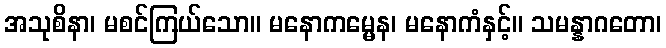
အသုစိနာ၊ မစင်ကြယ်သော။ မနောကမ္မေန၊ မနောကံနှင့်။ သမန္နာဂတော၊